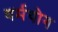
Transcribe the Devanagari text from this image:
धर्मयोग